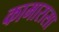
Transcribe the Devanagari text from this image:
कामारासा